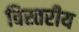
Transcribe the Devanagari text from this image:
विस्तरीय